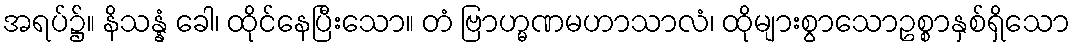
အရပ်၌။ နိသန္နံ ခေါ၊ ထိုင်နေပြီးသော။ တံ ဗြာဟ္မဏမဟာသာလံ၊ ထိုများစွာသောဥစ္စာနှစ်ရှိသော